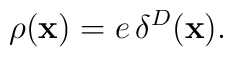
\rho ({\bf x})=e\,\delta ^{D}({\bf x}).